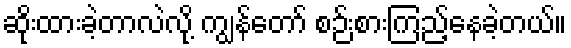
ဆိုးထားခဲ့တာလဲလို့ ကျွန်တော် စဉ်းစားကြည့်နေခဲ့တယ်။